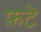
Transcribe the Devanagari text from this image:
फ़टे